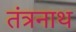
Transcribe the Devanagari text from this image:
तंंत्रनाथ